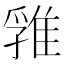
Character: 𨿚